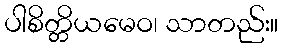
ပါစိတ္တိယမေဝ၊ သာတည်း။